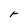
Character: r